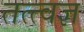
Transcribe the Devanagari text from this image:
तत्त्‍वज्ञ